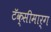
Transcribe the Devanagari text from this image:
टॅक्सीमार्ग